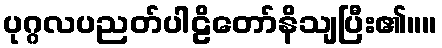
ပုဂ္ဂလပညတ်ပါဠိတော်နိသျပြီး၏။။